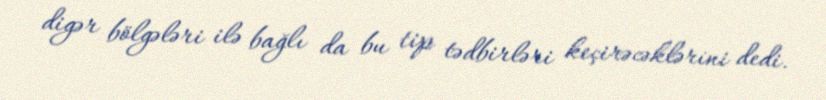
digər bölgələri ilə bağlı da bu tip tədbirləri keçirəcəklərini dedi.